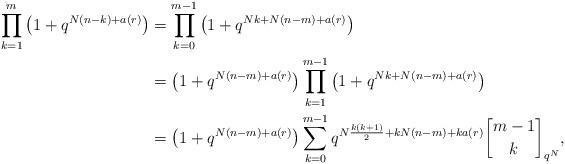
LaTeX: \begin{align*}\prod_{k=1}^m \left(1 + q^{N(n-k)+a(r)}\right) &= \prod_{k=0}^{m-1} \left(1 + q^{Nk+ N(n-m)+a(r)}\right)\\&= \left( 1+q^{N(n-m)+a(r)}\right) \prod_{k=1}^{m-1} \left(1 + q^{Nk+ N(n-m)+a(r)}\right)\\&= \left( 1+q^{N(n-m)+a(r)}\right) \sum_{k=0}^{m-1} q^{N \frac{k(k+1)}{2} +kN(n-m) +ka(r)} {m-1 \brack k}_{q^N},\end{align*}